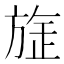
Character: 𭤻